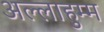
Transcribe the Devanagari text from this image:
अल्लाहुम्म